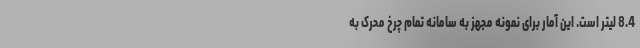
8.4 لیتر است. این آمار برای نمونه مجهز به سامانه تمام چرخ محرک به